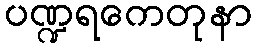
ပဏ္ဍရကေတုနာ